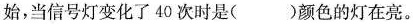
始，当信号灯变化了 40 次时是( )颜色的灯在亮。